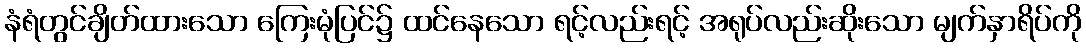
နံရံတွင်ချိတ်ထားသော ကြေးမုံပြင်၌ ထင်နေသော ရင့်လည်းရင့် အရုပ်လည်းဆိုးသော မျက်နှာရိပ်ကို